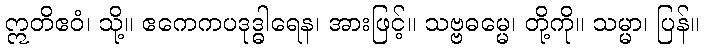
ဣတိဧဝံ၊ သို့။ ဧကေကပဒုဒ္ဓါရေန၊ အားဖြင့်။ သဗ္ဗဓမ္မေ၊ တို့ကို။ သမ္မာ၊ ပြန်။